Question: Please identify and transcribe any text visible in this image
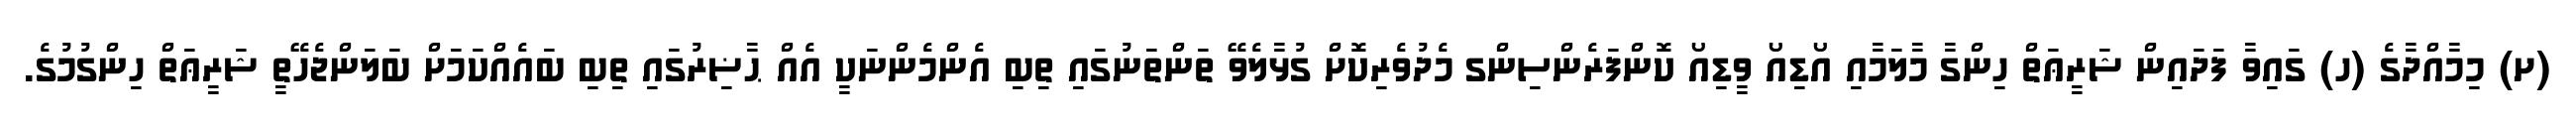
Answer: (ށ) މިމާއްދާގެ (ހ) ގައިވާ ފަދައިން ޝަރީޢަތް ހިންގާ މާލަމާއި އޯޑިއޯ ވީޑިއޯ ކޮންފަރެންސިންގ މެދުވެރިކޮށް ގުޅާލެވޭ ތަންތަނުގައި ތިބި އެންމެންނަކީ އެއް ޙާޟިރުގައި ތިބި ބައެއްކަމަށް ބަލަންޖެހޭތީ ޝަރީޢަތް ހިންގުމުގެ.